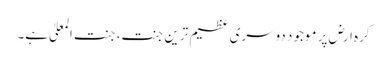
کرہ ارض پر موجود دوسری عظیم ترین جنت، جنت المعلیٰ ہے۔